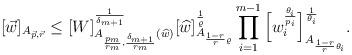
LaTeX: \begin{align*}[\vec w]_{A_{\vec p, \vec r}}\le [W]_{A_{\frac{p_m}{r_m},\frac{\delta_{m+1}}{r_m}} (\widehat{w})}^{\frac1{\delta_{m+1}}}[\widehat{w}]_{A_{\frac{1-r}{r}\varrho}}^{\frac1 {\varrho}}\prod_{i=1}^{m-1}\Big[w_i^{\frac {\theta_i}{ p_i}}\Big]_{A_{\frac{1-r}{r}\theta_i}}^{\frac1{\theta_i}}.\end{align*}